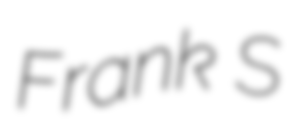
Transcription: Frank S